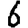
Digit: 6